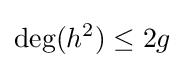
\deg(h^{2})\leq 2g